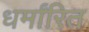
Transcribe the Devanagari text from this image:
धर्मांरित